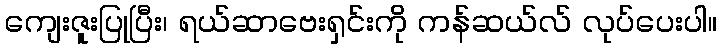
ကျေးဇူးပြုပြီး၊ ရယ်ဆာဗေးရှင်းကို ကန်ဆယ်လ် လုပ်ပေးပါ။